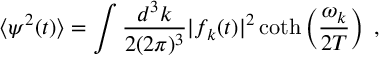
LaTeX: \langle \psi ^ { 2 } ( t ) \rangle = \int \frac { d ^ { 3 } k } { 2 ( 2 \pi ) ^ { 3 } } | f _ { k } ( t ) | ^ { 2 } \coth \left( \frac { \omega _ { k } } { 2 T } \right) \; ,